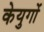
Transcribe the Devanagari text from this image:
केयुगों